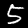
Label: 5